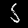
Label: 5